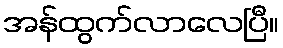
အန်ထွက်လာလေပြီ။